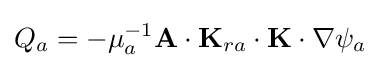
Q_{a}=-\mu _{a}^{-1}\mathbf {A} \cdot \mathbf {K} _{ra}\cdot \mathbf {K} \cdot \nabla \psi _{a}